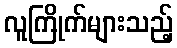
လူကြိုက်များသည့်